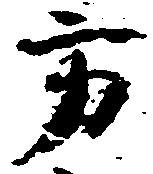
方